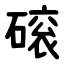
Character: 磙